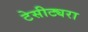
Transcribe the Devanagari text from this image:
टेसीट्यरा